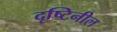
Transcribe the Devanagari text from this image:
दृष्टिनील